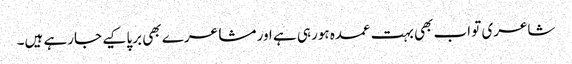
شاعری تو اب بھی بہت عمدہ ہورہی ہے اور مشاعرے بھی برپا کیے جارہے ہیں۔